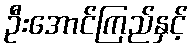
ဦးအောင်ကြည်နှင့်